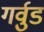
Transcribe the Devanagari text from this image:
गर्वुड